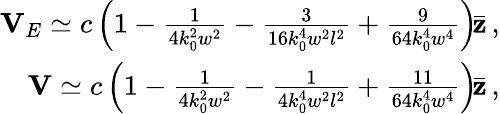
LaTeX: \begin{array}{r}{{\mathbf V}_{E}\simeq c\left(1-\frac{1}{4k_{0}^{2}w^{2}}-\frac{3}{16k_{0}^{4}w^{2}l^{2}}+\frac{9}{64k_{0}^{4}w^{4}}\right)\! \bar{\mathbf z}\, ,}\\ {{\mathbf V}\simeq c\left(1-\frac{1}{4k_{0}^{2}w^{2}}-\frac{1}{4k_{0}^{4}w^{2}l^{2}}+\frac{11}{64k_{0}^{4}w^{4}}\right)\! \bar{\mathbf z}\, ,}\end{array}